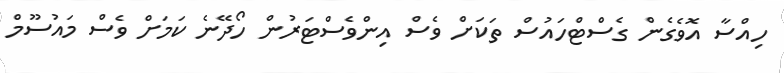
ހިއްސާ އޮވެގެން ގެސްޓްހައުސް ތަކަށް ވެސް އިންވެސްޓަރުން ހޯދޭނެ ކަމަށް ވެސް މައުސޫމް